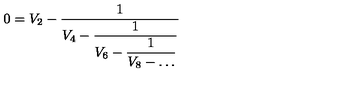
0 = V _ { 2 } - \frac { 1 } { \displaystyle V _ { 4 } - \frac { 1 } { \displaystyle V _ { 6 } - \frac { 1 } { \displaystyle V _ { 8 } - \ldots } } }